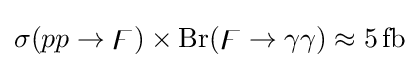
\sigma (pp\to \digamma )\times {\rm {Br}}(\digamma \to \gamma \gamma )\approx 5\,{\rm {fb}}